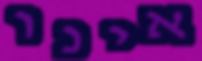
אינו